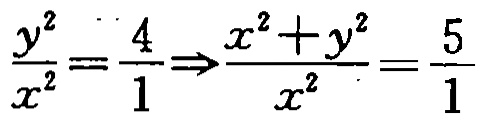
$\frac{y^{2}}{x^{2}}=\frac{4}{1}\Rightarrow\frac{x^{2}+y^{2}}{x^{2}}=\frac{5}{1}$